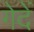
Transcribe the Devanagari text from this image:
गेदें